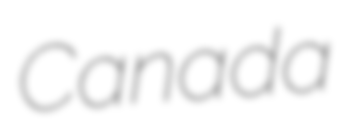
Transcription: Canada